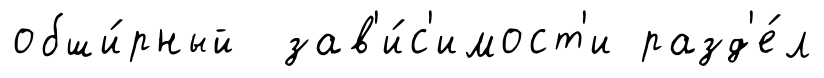
обши́рный зав'и́с'имост'и разд'е́л